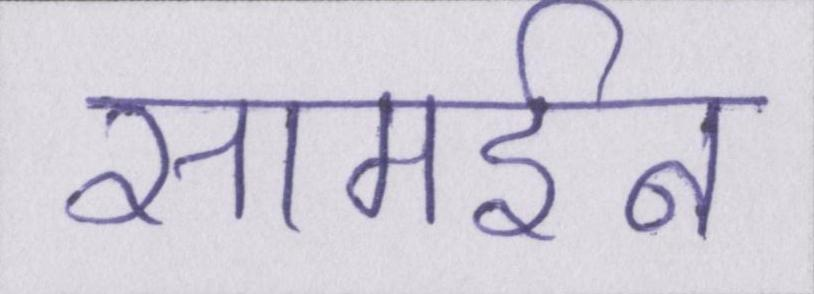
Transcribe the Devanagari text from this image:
सामईन